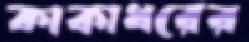
কাকাধরের